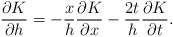
\begin{align*}\frac{\partial K}{\partial h}=-\frac{x}{h}\frac{\partial K}{\partial x}-\frac{2t}{h}\frac{\partial K}{\partial t}.\end{align*}